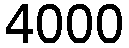
4000